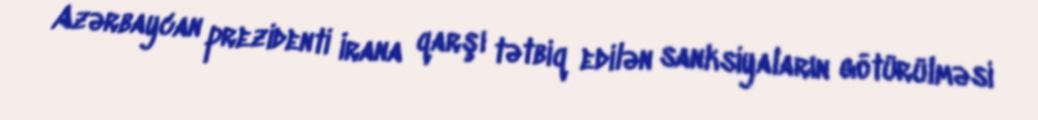
Azərbaycan prezidenti İrana qarşı tətbiq edilən sanksiyaların götürülməsi